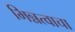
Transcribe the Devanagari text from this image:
भिन्नत्वाचा